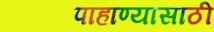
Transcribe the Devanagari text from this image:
पाहाण्यासाठी